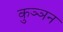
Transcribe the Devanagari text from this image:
कुञ्ञन